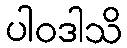
ပါဝဒါသိ